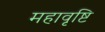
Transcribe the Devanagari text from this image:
महावृष्टि